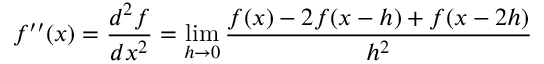
f ^ { \prime \prime } ( x ) = { \frac { d ^ { 2 } f } { d x ^ { 2 } } } = \operatorname* { l i m } _ { h \rightarrow 0 } { \frac { f ( x ) - 2 f ( x - h ) + f ( x - 2 h ) } { h ^ { 2 } } }